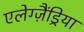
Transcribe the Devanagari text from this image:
एलेग्ज़ैंड्रिया